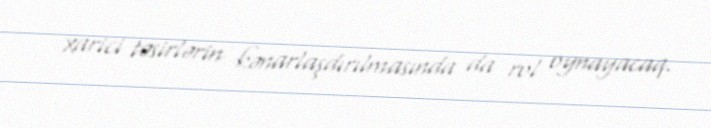
xarici təsirlərin kənarlaşdırılmasında da rol oynayacaq.